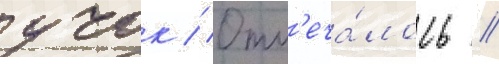
учок // Отм'еча́лось /